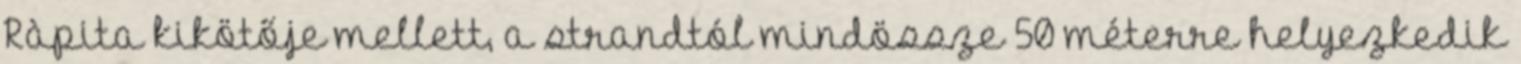
Ràpita kikötője mellett, a strandtól mindössze 50 méterre helyezkedik